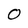
Character: O